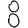
Digit: 8